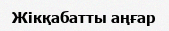
Жікқабатты аңғар